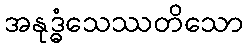
အနုဒ္ဓံသေဿတိသော